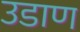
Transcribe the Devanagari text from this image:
उडाण